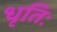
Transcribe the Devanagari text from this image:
धृतिः